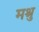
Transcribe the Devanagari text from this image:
मश्रु